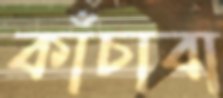
কাঁচাবা